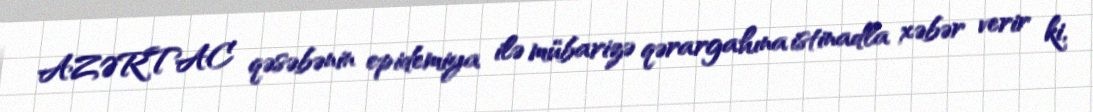
AZƏRTAC qəsəbənin epidemiya ilə mübarizə qərargahına istinadla xəbər verir ki,